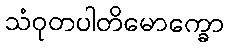
သံဝုတပါတိမောက္ခော